Annual administration and progress report of the Indian Medical Department, Bombay
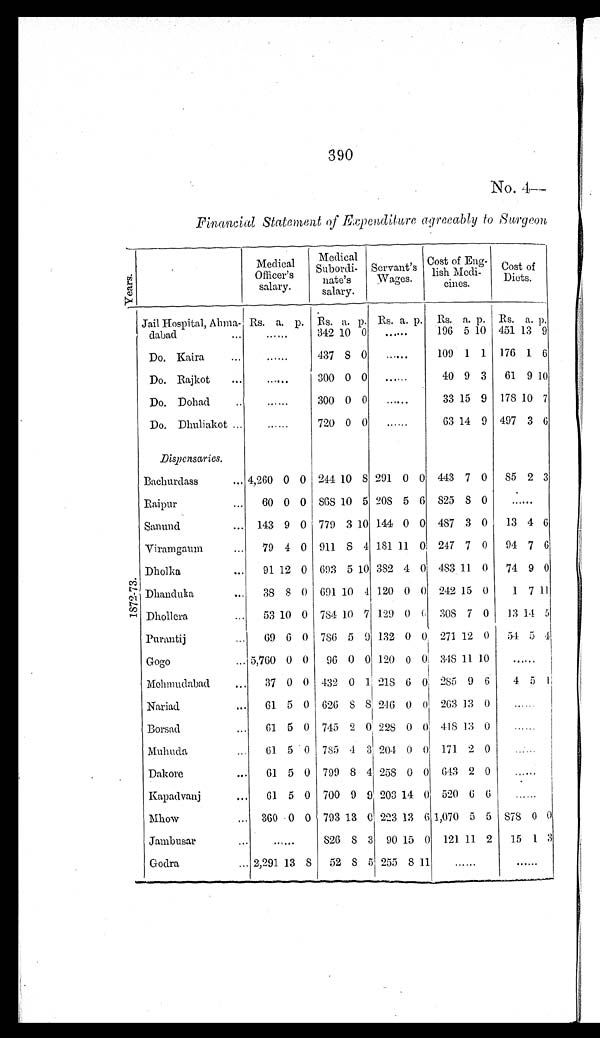
390
No. 4—
Financial Statement of Expenditure agreeably to Surgeon
Y e a r s .
Medical
Officer's
salary.
Medical
Subordi-
nate's
salary.
Servant's
Wages.
Cost of Eng-
lish Medi-
cines.
Cost of
Diets.
1 8 7 2 - 7 3 .
Jail Hospital, Ahma-
dabad . . .
Rs. a. p. Rs. a. p. Rs. a. p. Rs. a. p. Rs. a. p.
. . .
342 10 0
. . .
196 5 10 451 13 9
Do. Kaira . . .
. . .
437 8 0
. . .
109 1 1 176 1 6
Do. Rajkot . . .
. . .
300 0 0
. . .
40 9 3
61 9 1 0
Do. Dohad . . .
. . .
300 0 0
. . .
33 15 9 178 10 7
Do. Dhuliakot . . .
. . .
720 0 0
. . .
63 14 9 497 3 6
Dispensaries.
Bachurdass . . . 4,260 0 0 244
1 0 8 291 0 0 443 7 0 85 2 3
Raipur . . .
60 0 0 868 10 5 208 5 6 825
8 0
. . .
Sanund . . . 143 9 0 779 3 10 144 0 0 487 3 0
13 4 6
Viramgaum . . .
79 4 0 911
8 1 181 11 0 247 7 0
94 7
6
Dholka . . .
91 12 0 693 5 10 382 4 0 483 11 0
74 9 0
Dhanduka . . .
38 8 0 691 10 4 120 0 0 242 15 0
1 7 11
Dhollera . . .
53 10 0 784 10 7 129 0 0 308 7 0
13
1 4 5
Purantij . . .
69 6 0 786 5 9 132 0 0 271 12 0
54 5 4
Gogo . . . 5,760 0 0
96 0 0 120 0
0 348 1l 10
Mohmudabad . . .
37 0 0 432 0 1 218 6 0 285 9 6
4 5
1
Nariad . . .
61 5 0 626
8 8 246 0 0 263 13 0
. . .
Borsad . . .
61 5 0 745 2 0 228 0 0 418 13 0
. . .
Muhuda . . .
61 5 0 785 4 3 204 0 0 171 2 0
. . .
Dakore . . .
61 5 0 799 8 4 258 0 0 643 2 0
. . .
Kapadvanj . . .
61 5 0 700 9 9 203 14 0 520 6 6
. . .
Mhow . . . 360 0 0 793 13 0 223 13 6 1,070 5 5 878 0 0
Jambusar . . .
. . .
826
8 3 90 15 0 121 11 2
15 1 3
Godra . . . 2,291 13
8 52
8 5 255 8 11
. . .
. . .